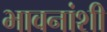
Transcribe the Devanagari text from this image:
भावनांशी